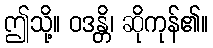
ဤသို့။ ဝဒန္တိ၊ ဆိုကုန်၏။